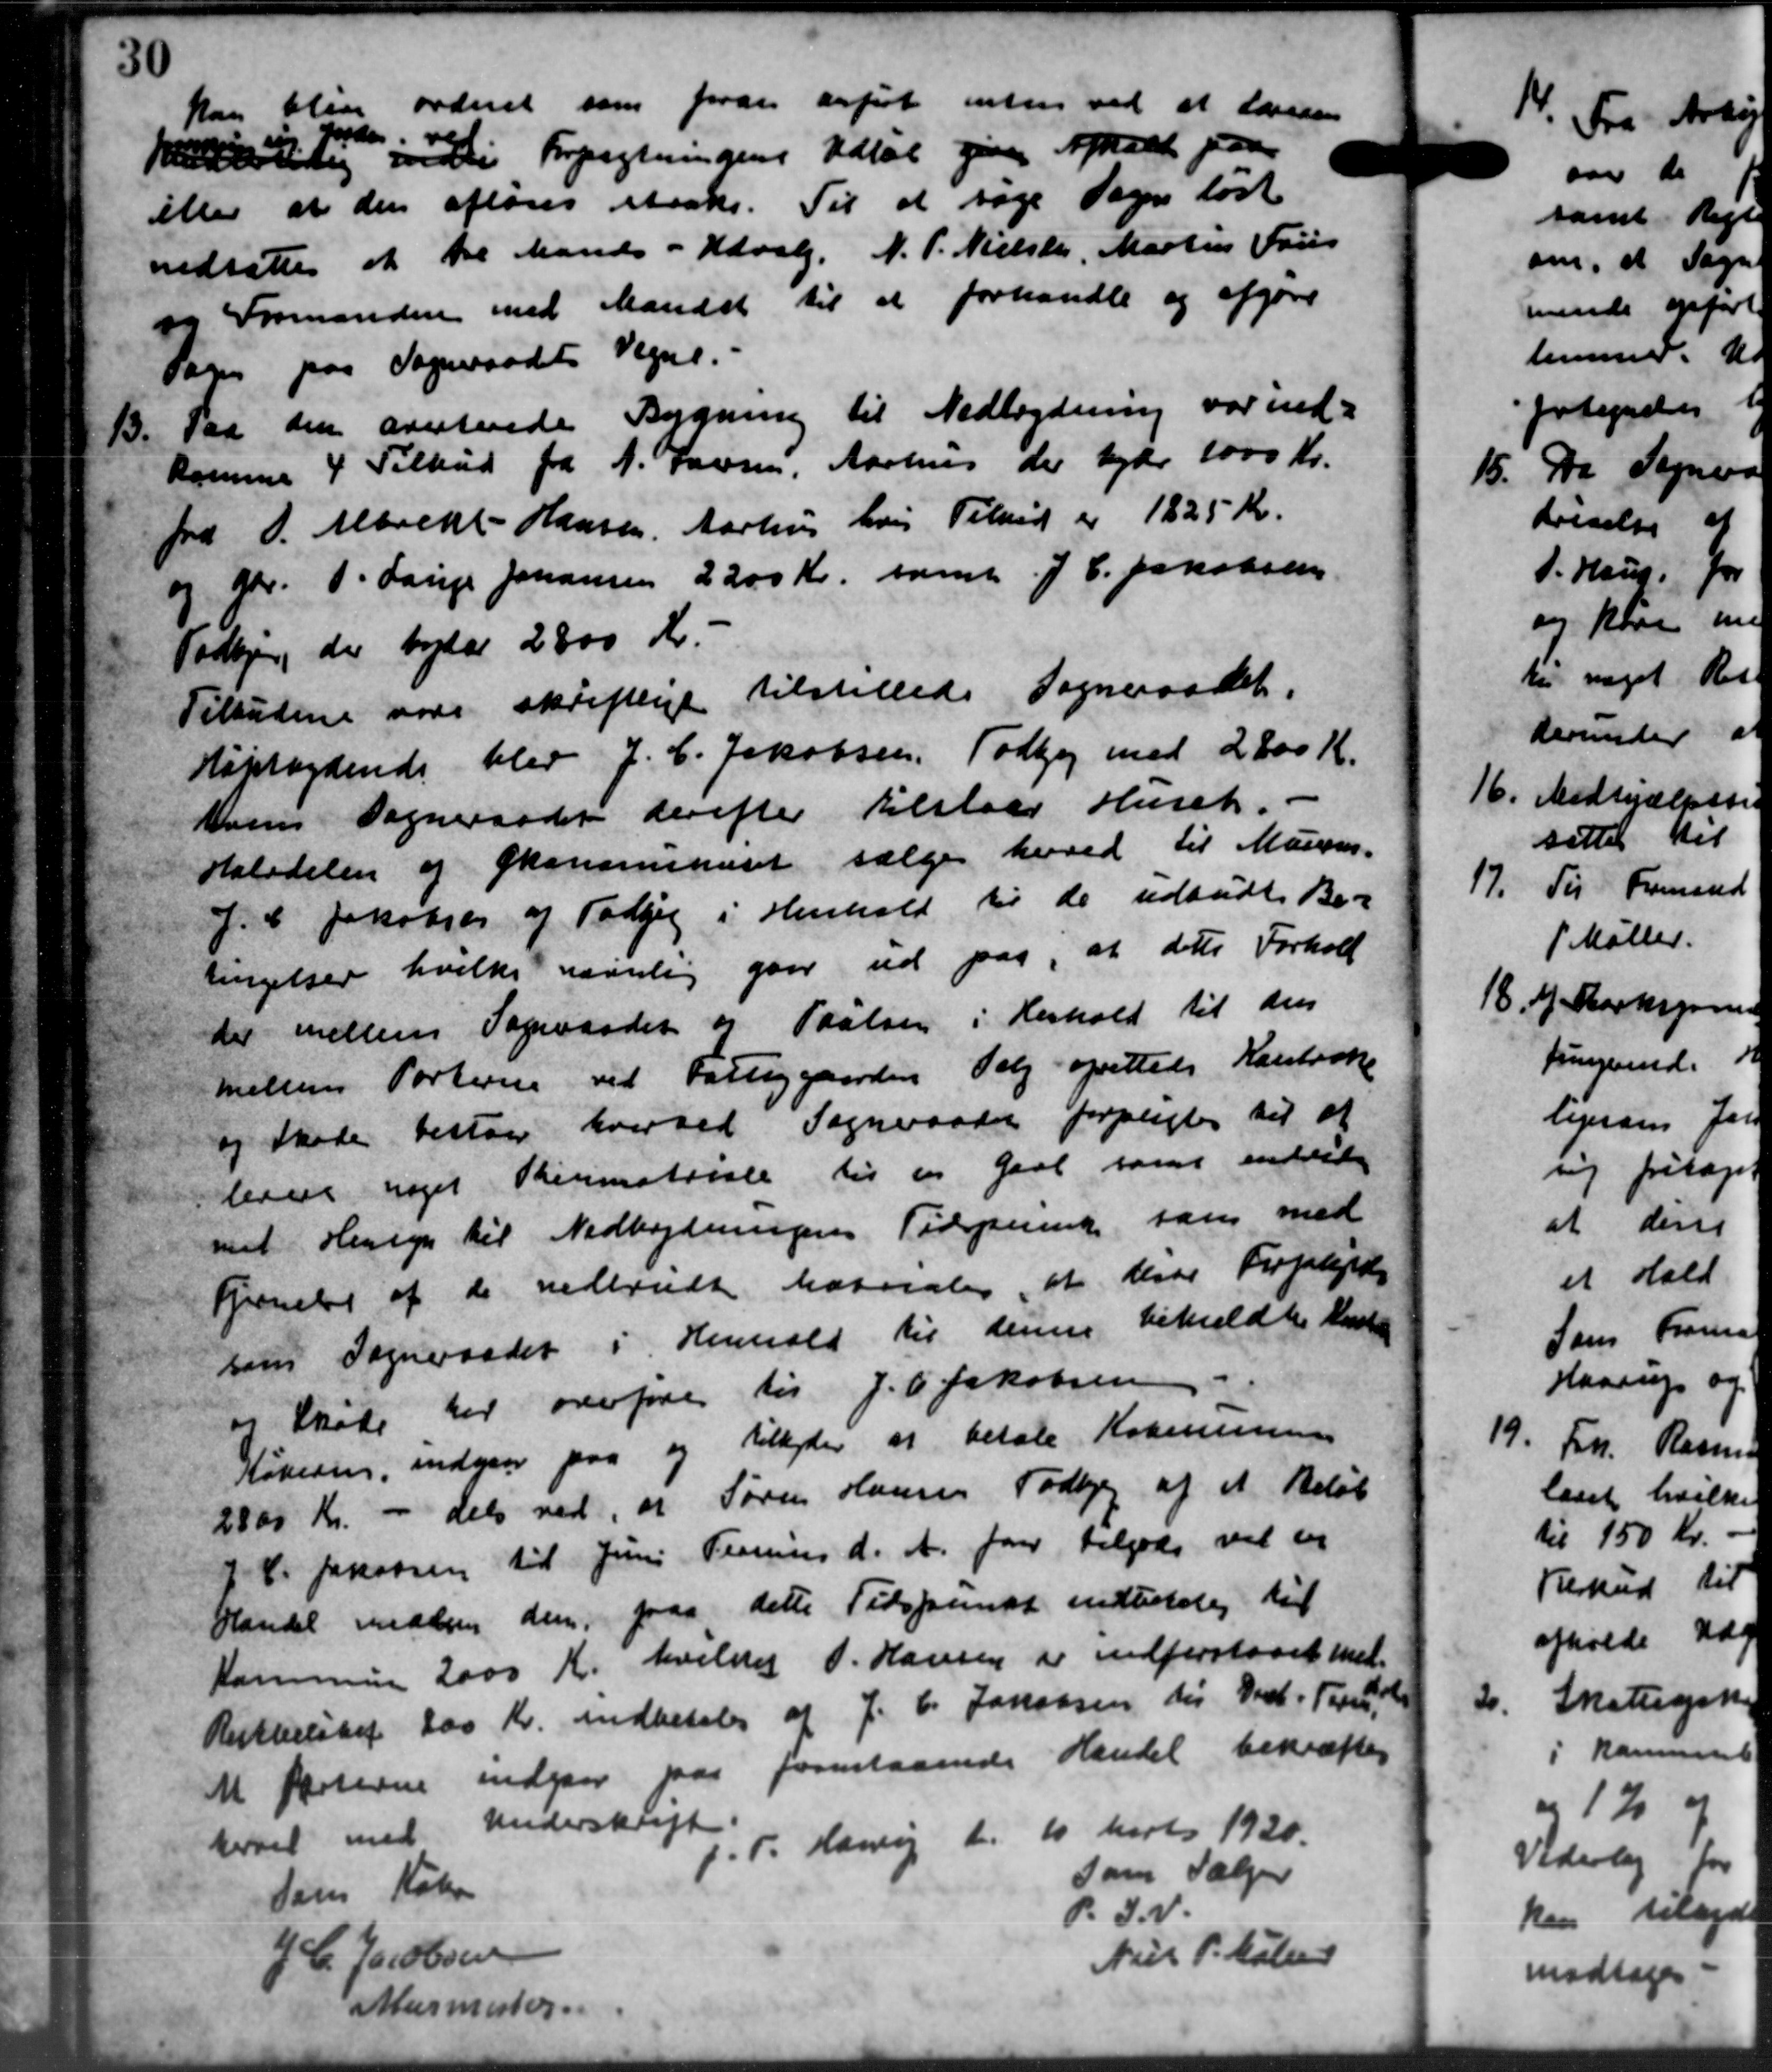
Transskription:
kan blive ordnet som foran anført inten ved at laveden
For d "
fatten i Forpagtningens Udløb give Aftalt paa
eller at den afløses staars. Til at søge Sogn løst
nedsattes at tre Mands - Udvalg, N. P. Nielsen, Martin Fris
og Formanden med Mandst til at forhandle og afgøre
Sag paa Sogneraadets Vegne.
13.
Paa den averterede Bygning til Nedlagtning var ind-
komme 4 Tilbud fra 1. Jansen, Aarhus der byde 1000 Kr.
fra O. Marckt-Hansen, Aarhus hvis Tilbud er 1825 Kr.
og Gdr. P. Lauge Johansen 2200 Kr. samt J. C. Jakobsen
Todbjerg der bylar 2800 Kr.
Tilbudene over skriftlige tilstillede Sogneraadet.
Køptbydende blev J. C. Jakobsen, Todbjeg med 2800 Kr.
Koms Sogneraadet derefter tilstaae Huset.
Halvdelen og Økonomiskuret sælger herved til Marens-
J. C. Jakobsen af Todbjerg i Henhold til de udbudte Be-
tingelser hvilke nævnlig gaar ud paa, at dette Forhold
der mellem Sogneraadet og Paulsen i Henhold til den
Nielsens Porterne ved Fattiggaarden Valg oprettelse Karstræk
og Skade bestaar hverved Sogneraadet forpagter til at
lerere noget Permatriale til en Gaar samt endvid
met Hensyn til Nedbygningens Tidspunke som med
Frnelse af de nedbrudte havrales at disse Forplejede
som Sogneraadet i Henhold til denne bekaldtes Kaste
og Møde her overføre til J. C. Jakobsen
Købering, indgaar paa og tilbyder at betale Kommunens
2800 Kr. - dets ved, at Søren Hansen Todbjerg af et Beløb
J. C. Jakobsen til Juni Termins d. A. faar tilgode vil en
Handel medlem den paa dette Tidspunkt indtilledes til
Kommunen 2000 Kr. hvilket P. Hansen er indforstaaet med
Restbeløbet 200 Kr. indbetales af J. C. Jakobsen des Best. Tage
M festerne indgaar paa forestaaende Handel besættes
kørsel med Underskrift.
. Hansig d. 10 Marts 1930.
som Sælger
dens Køben
P. S. v.
J. C. Jacobsen
Niels P. Nielsen
Murmester.